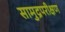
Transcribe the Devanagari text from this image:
सामुद्रपरीक्षण